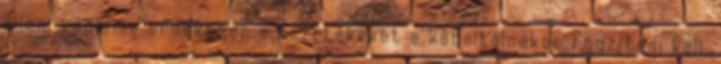
elleni védelme érdekében a vezetékeket a kábeltálcákon rögzíteni kell,